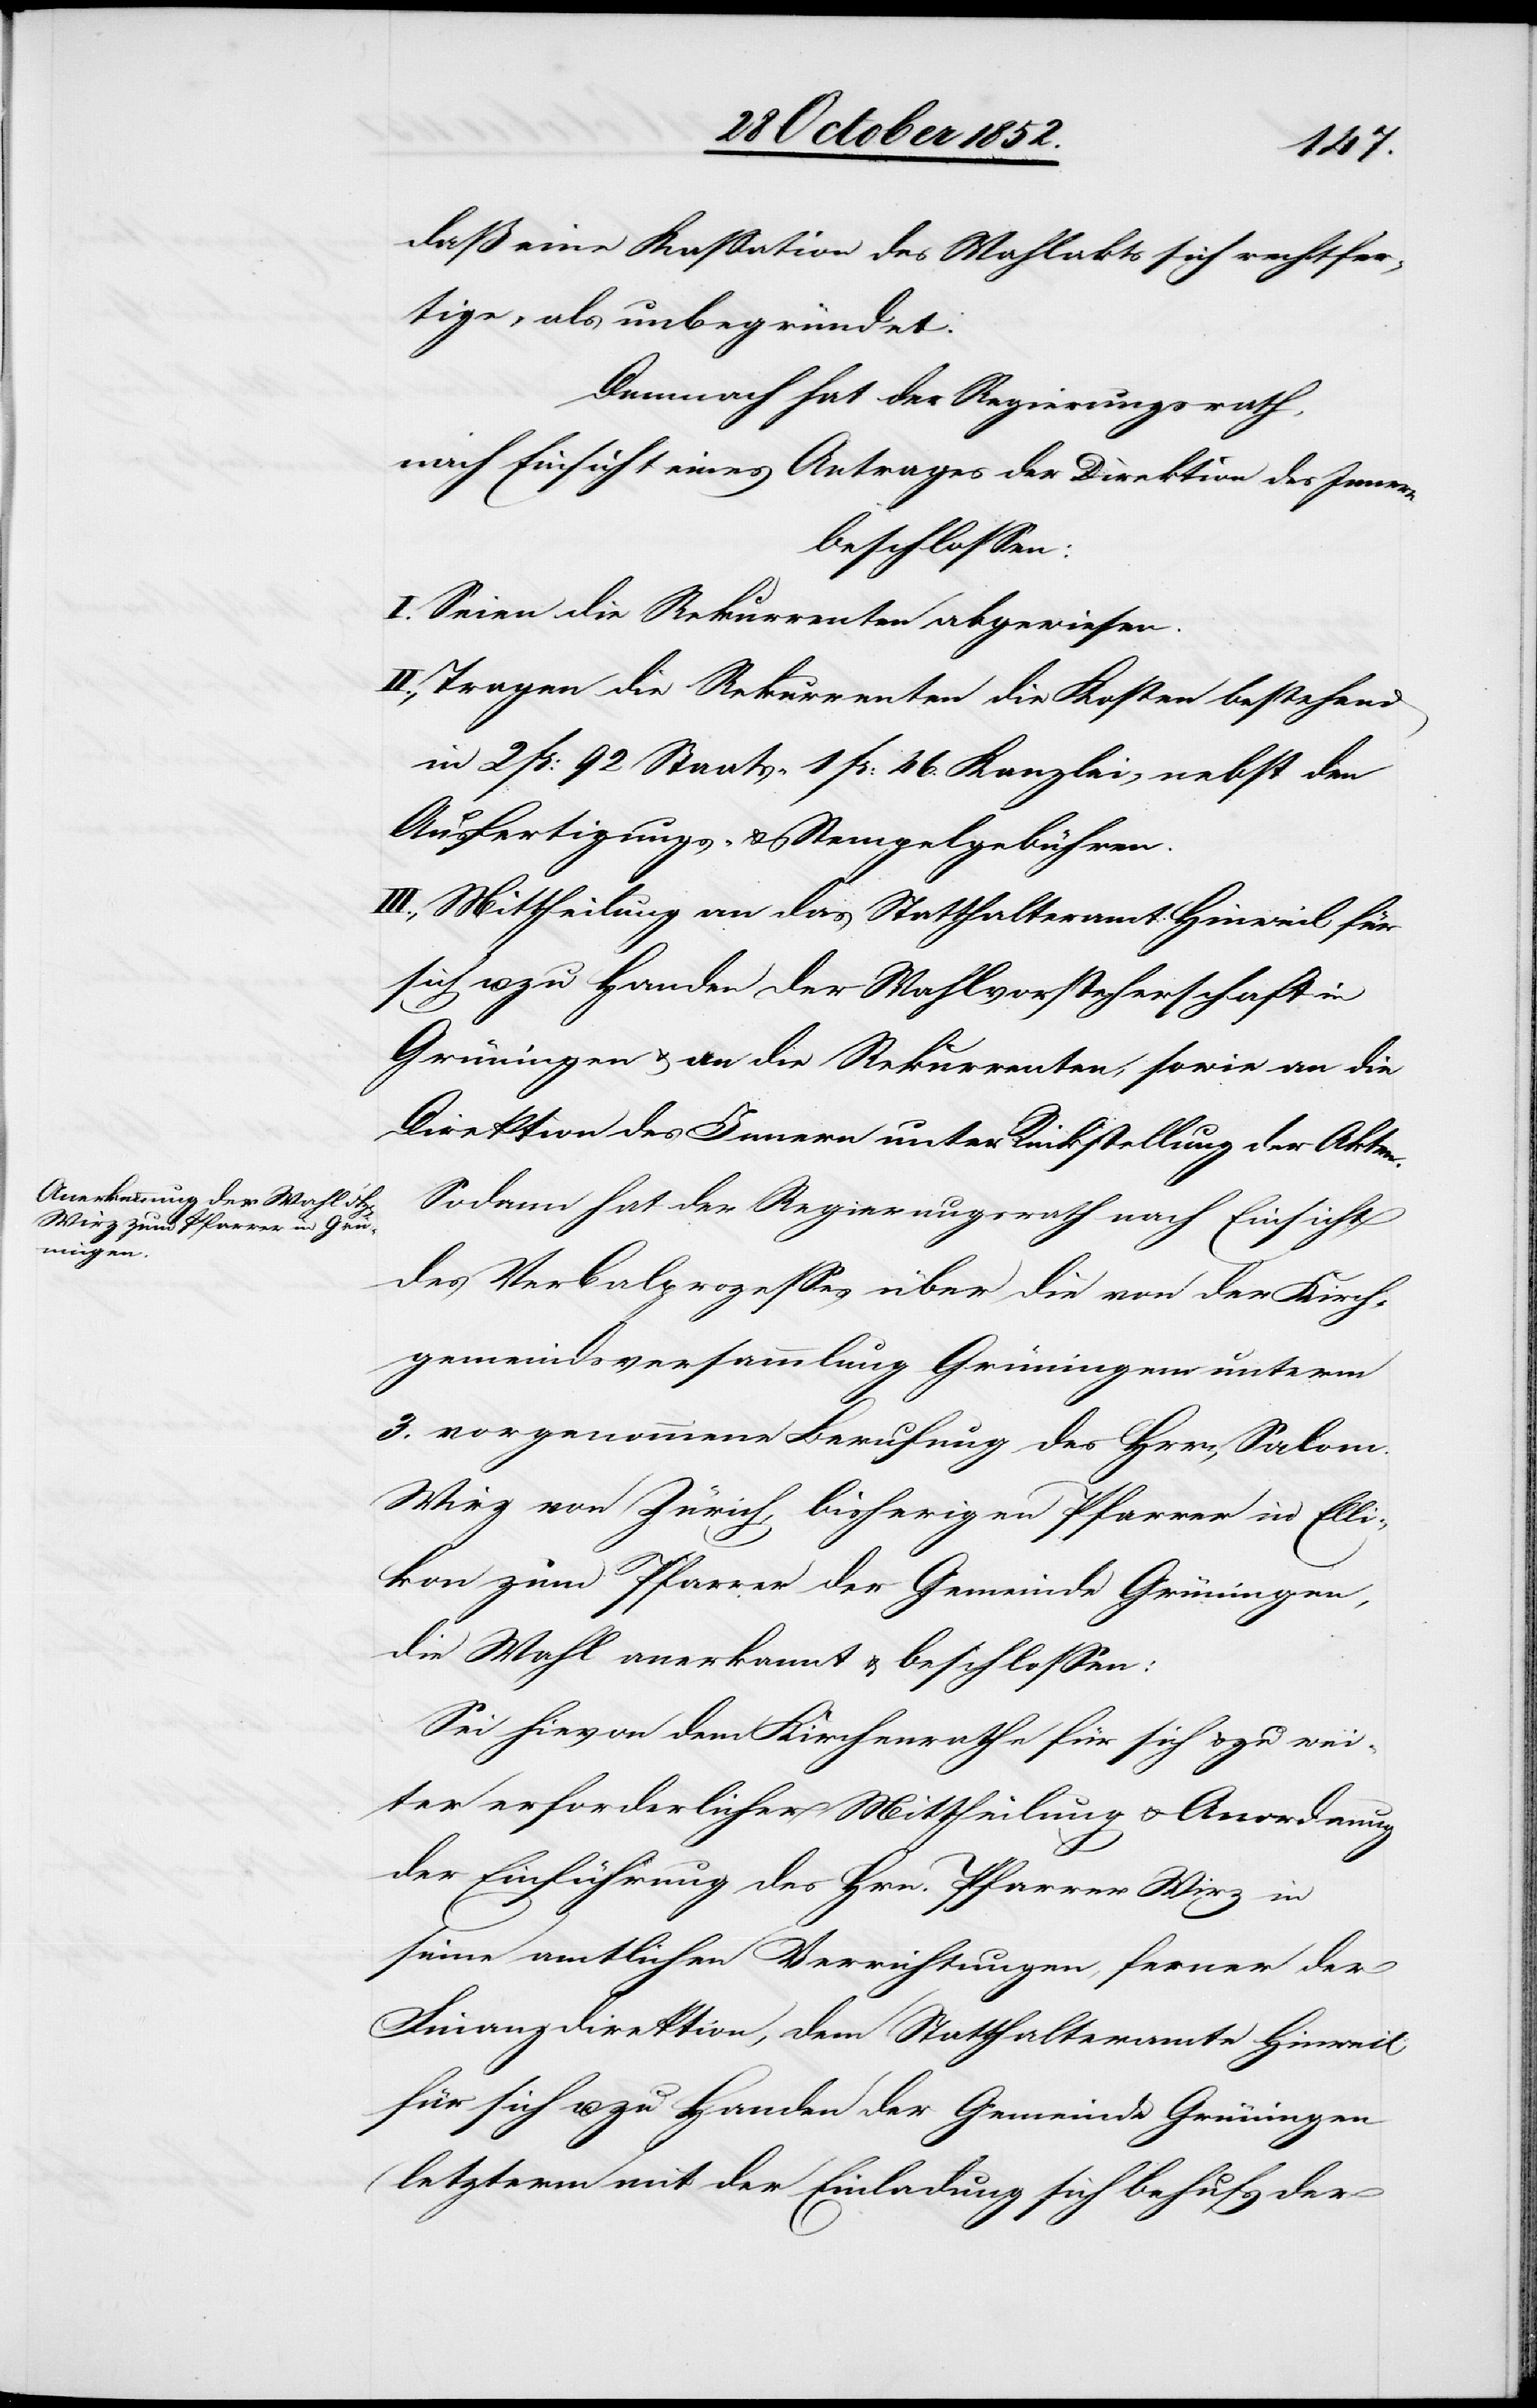
daß eine Kassation des Wahlakts sich rechtfer¬
tige, als unbegründet.
Demnach hat der Regierungsrath,
nach Einsicht eines Antrages der Direktion des Innern
beschlossen:
I. Seien die Rekurrenten abgewiesen.
II., Tragen die Rekurrenten die Kosten bestehend
in 2 Fr: 92 Staats-[,] 1 Fr: 46. Kanzlei- nebst den
Ausfertigungs- & Stempelgebühren.
III., Mittheilung an das Statthalteramt Hinweil für
sich u. zu Handen der Wahlvorsteherschaft in
Grüningen & an die Rekurrenten, sowie an die
Direktion des Innern unter Rückstellung der Akten.
Sodann hat der Regierungsrath nach Einsicht
des Verbalprozesses über die von der Kirch¬
gemeindsversammlung Grüningen unterm
3. vorgenommene Berufung des H[e]rrn Salom.
Wirz von Zürich, bisherigen Pfarrer in Elli¬
kon zum Pfarrer der Gemeinde Grüningen,
die Wahl anerkannt & beschlossen:
Sei hievon dem Kirchenrathe für sich & zu wei¬
ter erforderlicher Mittheilung & Anordnung
der Einführung des Hrn. Pfarrer Wirz in
seine amtlichen Verrichtungen, ferner der
Finanzdirektion, dem Statthalteramte Hinweil
für sich u. zu Handen der Gemeinde Grüningen
(letzterm mit der Einladung sich behufs der